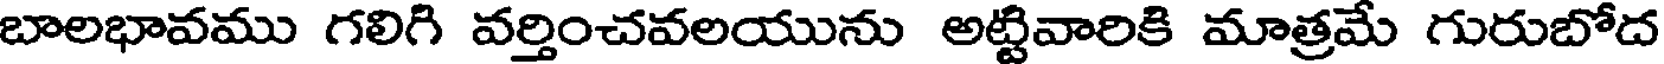
బాలభావము గలిగి వర్తించవలయును అట్టివారికి మాత్రమే గురుబోద